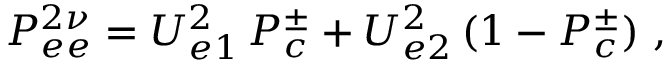
P _ { e e } ^ { 2 \nu } = U _ { e 1 } ^ { 2 } \, P _ { c } ^ { \pm } + U _ { e 2 } ^ { 2 } \, ( 1 - P _ { c } ^ { \pm } ) \ ,